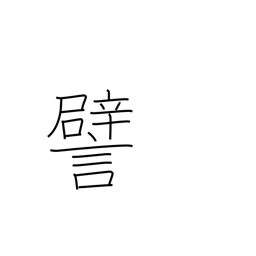
Meaning: illustrate